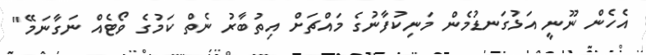
އެހެން ނޫނީ އަޅުގަނޑުމެން މަނިކުފާނުގެ މައްޗަށް އިތުބާރު ނެތް ކަމުގެ ވޯޓެއް ނަގާނަމޭ"